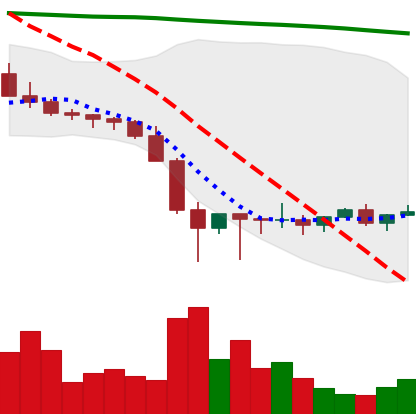
Ticker: XLM-USD
Chart end date: 2022-02-01
Forward return: 10.819%
Label: up_7plus